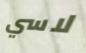
لاسي